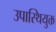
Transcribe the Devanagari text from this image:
उपास्थियुक्त